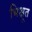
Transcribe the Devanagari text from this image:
भिक्षूत